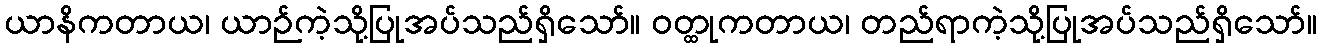
ယာနိကတာယ၊ ယာဉ်ကဲ့သို့ပြုအပ်သည်ရှိသော်။ ဝတ္ထုကတာယ၊ တည်ရာကဲ့သို့ပြုအပ်သည်ရှိသော်။